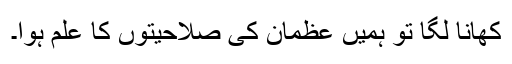
کھانا لگا تو ہمیں عظمان کی صلاحیتوں کا علم ہوا۔